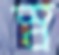
স্ব